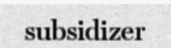
subsidizer